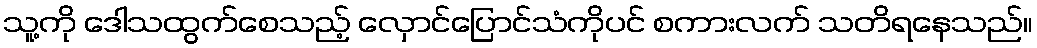
သူ့ကို ဒေါသထွက်စေသည့် လှောင်ပြောင်သံကိုပင် စကားလက် သတိရနေသည်။